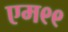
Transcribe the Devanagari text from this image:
एम९९